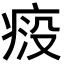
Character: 𬏱